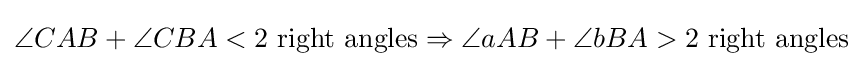
\angle CAB+\angle CBA<2{\text{ right angles}}\Rightarrow \angle aAB+\angle bBA>2{\text{ right angles}}